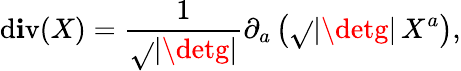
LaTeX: \operatorname{d\mathbf{i}v}(X)={\frac{{1}}{{\sqrt{}{{|\detg|}}}}}\partial_{a}\left({\sqrt{}{{|\detg|}}}\, X^{a}\right),